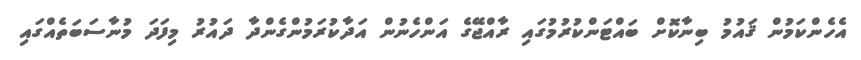
އެހެންކަމުން ޤައުމު ބިނާކޮށް ބައްޓަންކުރުމުގައި ރާއްޖޭގެ އަންހެނުން އަދާކުރަމުންގެންދާ ދައުރު މިފަދަ މުނާސަބަތެއްގައި